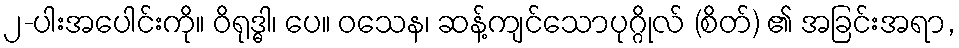
၂-ပါးအပေါင်းကို။ ဝိရုဒ္ဓါ၊ ပေ။ ဝသေန၊ ဆန့်ကျင်သောပုဂ္ဂိုလ် (စိတ်) ၏ အခြင်းအရာ,